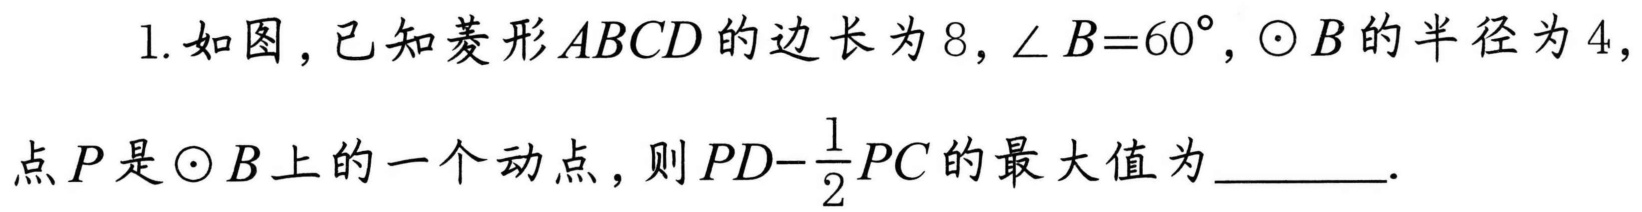
1. 如图，已知菱形\(ABCD\)的边长为\(8\)，\(\angle B = 60^{\circ}\)，\(\odot B\)的半径为\(4\)，
点\(P\)是\(\odot B\)上的一个动点，则\(PD-\frac{1}{2}PC\)的最大值为  ．